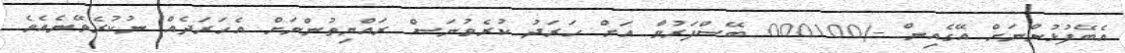
އެބޭފުޅުންނަށް އޭގެއިން -/000100 ބޭސްފަރުވާ އަށް ހަރަދު ކުރެވުނަސް ރައްޔިތުންނަށް އެހަރަދެއް ނުކުރެވޭނެއެވެ.